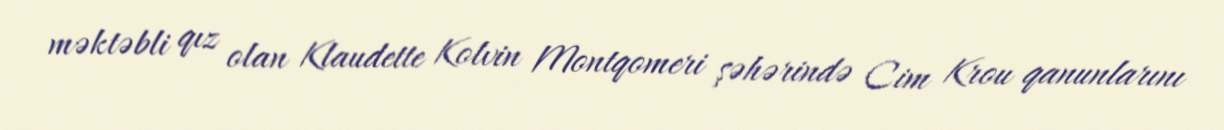
məktəbli qız olan Klaudette Kolvin Montqomeri şəhərində Cim Krou qanunlarını